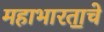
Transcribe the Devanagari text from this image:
महाभारता॒चे